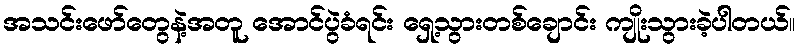
အသင်းဖော်တွေနဲ့အတူ အောင်ပွဲခံရင်း ရှေ့သွားတစ်ချောင်း ကျိုးသွားခဲ့ပါတယ်။